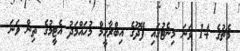
މެޗުގެ 14 ވަނަ މިނެޓުގައި ފޭދޫގެ އިބްރާހީމް މުހައްމަދު އެޓީމުގެ ތިން ވަނަ